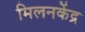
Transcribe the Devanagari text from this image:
मिलनकेंद्र